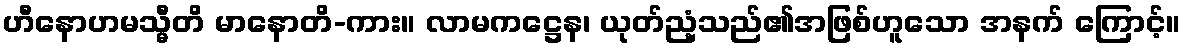
ဟီနောဟမသ္မီတိ မာနောတိ-ကား။ လာမကဋ္ဌေန၊ ယုတ်ညံ့သည်၏အဖြစ်ဟူသော အနက် ကြောင့်။